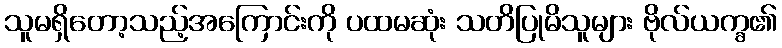
သူမရှိတော့သည့်အကြောင်းကို ပထမဆုံး သတိပြုမိသူများ ဗိုလ်ယက္ခ၏